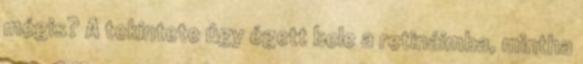
mégis? A tekintete úgy égett bele a retináimba, mintha